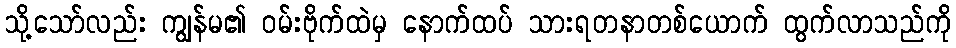
သို့သော်လည်း ကျွန်မ၏ ဝမ်းဗိုက်ထဲမှ နောက်ထပ် သားရတနာတစ်ယောက် ထွက်လာသည်ကို